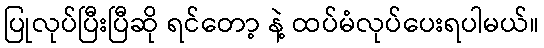
ပြုလုပ်ပြီးပြီဆို ရင်တော့ နဲ့ ထပ်မံလုပ်ပေးရပါမယ်။